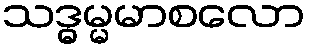
သဒ္ဓမ္မမာစလော